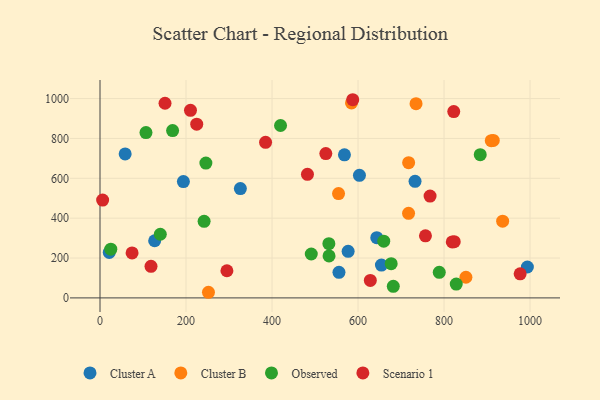
{"axis": {"x": "Distance", "y": "Salary"}, "legend": ["Cluster A", "Cluster B", "Observed", "Scenario 1"], "data": [{"x": "993.8", "y": 155.1, "type": "Cluster A"}, {"x": "21.5", "y": 228.0, "type": "Cluster A"}, {"x": "603.3", "y": 614.8, "type": "Cluster A"}, {"x": "643.6", "y": 302.2, "type": "Cluster A"}, {"x": "127.1", "y": 286.8, "type": "Cluster A"}, {"x": "326.4", "y": 548.5, "type": "Cluster A"}, {"x": "568.4", "y": 717.6, "type": "Cluster A"}, {"x": "577.0", "y": 233.6, "type": "Cluster A"}, {"x": "58.5", "y": 722.3, "type": "Cluster A"}, {"x": "654.4", "y": 164.7, "type": "Cluster A"}, {"x": "193.9", "y": 583.7, "type": "Cluster A"}, {"x": "732.6", "y": 584.9, "type": "Cluster A"}, {"x": "555.7", "y": 128.1, "type": "Cluster A"}, {"x": "850.9", "y": 103.5, "type": "Cluster B"}, {"x": "252.2", "y": 28.2, "type": "Cluster B"}, {"x": "717.7", "y": 678.6, "type": "Cluster B"}, {"x": "734.9", "y": 974.7, "type": "Cluster B"}, {"x": "554.7", "y": 523.6, "type": "Cluster B"}, {"x": "914.5", "y": 790.2, "type": "Cluster B"}, {"x": "717.5", "y": 424.3, "type": "Cluster B"}, {"x": "909.8", "y": 788.7, "type": "Cluster B"}, {"x": "936.3", "y": 385.1, "type": "Cluster B"}, {"x": "584.8", "y": 978.3, "type": "Cluster B"}, {"x": "532.2", "y": 272.0, "type": "Observed"}, {"x": "659.8", "y": 284.4, "type": "Observed"}, {"x": "246.2", "y": 676.4, "type": "Observed"}, {"x": "140.2", "y": 319.4, "type": "Observed"}, {"x": "106.9", "y": 829.6, "type": "Observed"}, {"x": "828.4", "y": 69.5, "type": "Observed"}, {"x": "788.9", "y": 128.5, "type": "Observed"}, {"x": "168.8", "y": 839.7, "type": "Observed"}, {"x": "419.8", "y": 864.9, "type": "Observed"}, {"x": "532.6", "y": 210.6, "type": "Observed"}, {"x": "884.2", "y": 718.7, "type": "Observed"}, {"x": "682.0", "y": 58.3, "type": "Observed"}, {"x": "677.1", "y": 171.7, "type": "Observed"}, {"x": "25.1", "y": 244.2, "type": "Observed"}, {"x": "242.1", "y": 384.1, "type": "Observed"}, {"x": "491.3", "y": 220.2, "type": "Observed"}, {"x": "756.8", "y": 311.4, "type": "Scenario 1"}, {"x": "385.0", "y": 780.8, "type": "Scenario 1"}, {"x": "74.6", "y": 225.6, "type": "Scenario 1"}, {"x": "295.1", "y": 136.3, "type": "Scenario 1"}, {"x": "977.0", "y": 121.0, "type": "Scenario 1"}, {"x": "822.6", "y": 935.0, "type": "Scenario 1"}, {"x": "628.6", "y": 87.9, "type": "Scenario 1"}, {"x": "210.4", "y": 940.9, "type": "Scenario 1"}, {"x": "819.1", "y": 280.8, "type": "Scenario 1"}, {"x": "482.4", "y": 620.1, "type": "Scenario 1"}, {"x": "224.9", "y": 871.8, "type": "Scenario 1"}, {"x": "151.2", "y": 976.7, "type": "Scenario 1"}, {"x": "118.6", "y": 158.5, "type": "Scenario 1"}, {"x": "525.1", "y": 724.1, "type": "Scenario 1"}, {"x": "6.1", "y": 491.0, "type": "Scenario 1"}, {"x": "587.7", "y": 994.3, "type": "Scenario 1"}, {"x": "823.7", "y": 281.9, "type": "Scenario 1"}, {"x": "767.5", "y": 510.9, "type": "Scenario 1"}]}